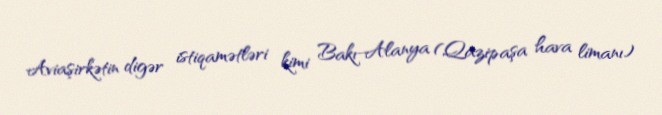
Aviaşirkətin digər istiqamətləri kimi Bakı-Alanya (Qazipaşa hava limanı)